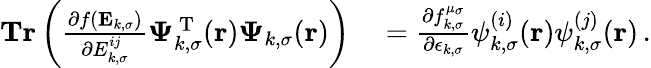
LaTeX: \begin{array}{rl}{\textbf{Tr}\left(\frac{\partial f(\mathbf{E}_{k,\sigma})}{\partial{E}_{k,\sigma}^{ij}}\boldsymbol{\Psi}_{k,\sigma}^{\mathrm{~T~}}(\boldsymbol{\textbf{r}})\boldsymbol{\Psi}_{k,\sigma}(\boldsymbol{\textbf{r}})\right)}&{{}=\frac{\partial f_{k,\sigma}^{\mu_{\sigma}}}{\partial\epsilon_{k,\sigma}}\psi_{k,\sigma}^{(i)}(\boldsymbol{\textbf{r}})\psi_{k,\sigma}^{(j)}(\boldsymbol{\textbf{r}})\, .}\end{array}